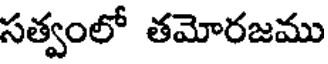
సత్వంలో తమోరజము